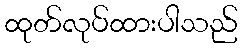
ထုတ်လုပ်ထားပါသည်